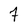
Character: 7